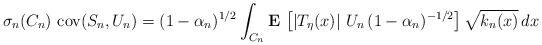
\begin{align*}\sigma _{n}(C_{n})\,\,\mbox{{\rm cov}}(S_{n},U_{n})=(1-\alpha_{n})^{1/2}\int_{C_{n}}{\bf E\,}\left[ \left| T_{\eta }(x)\right|\,U_{n}\,(1-\alpha _{n})^{-1/2}\right] \sqrt{k_{n}(x)}\,dx \end{align*}